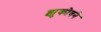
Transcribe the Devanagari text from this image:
झुकोवने